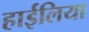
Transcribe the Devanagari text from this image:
हाईलिया